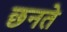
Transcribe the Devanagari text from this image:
छनते